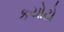
કયોટો